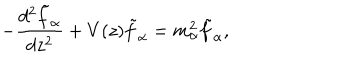
LaTeX: - { \frac { d ^ { 2 } \tilde { f } _ { \alpha } } { d z ^ { 2 } } } + V ( z ) \tilde { f } _ { \alpha } = m _ { \alpha } ^ { 2 } \tilde { f } _ { \alpha } ,